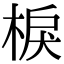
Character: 棙